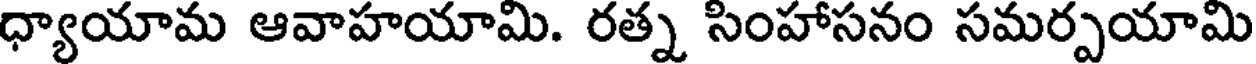
ధ్యాయామ ఆవాహయామి. రత్న సింహాసనం సమర్పయామి